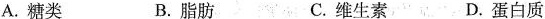
A.糖类 B.脂肪 C.维生素 D.蛋白质